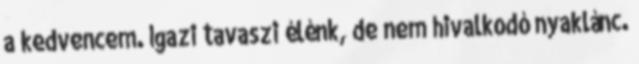
a kedvencem. Igazi tavaszi élénk, de nem hivalkodó nyaklánc.